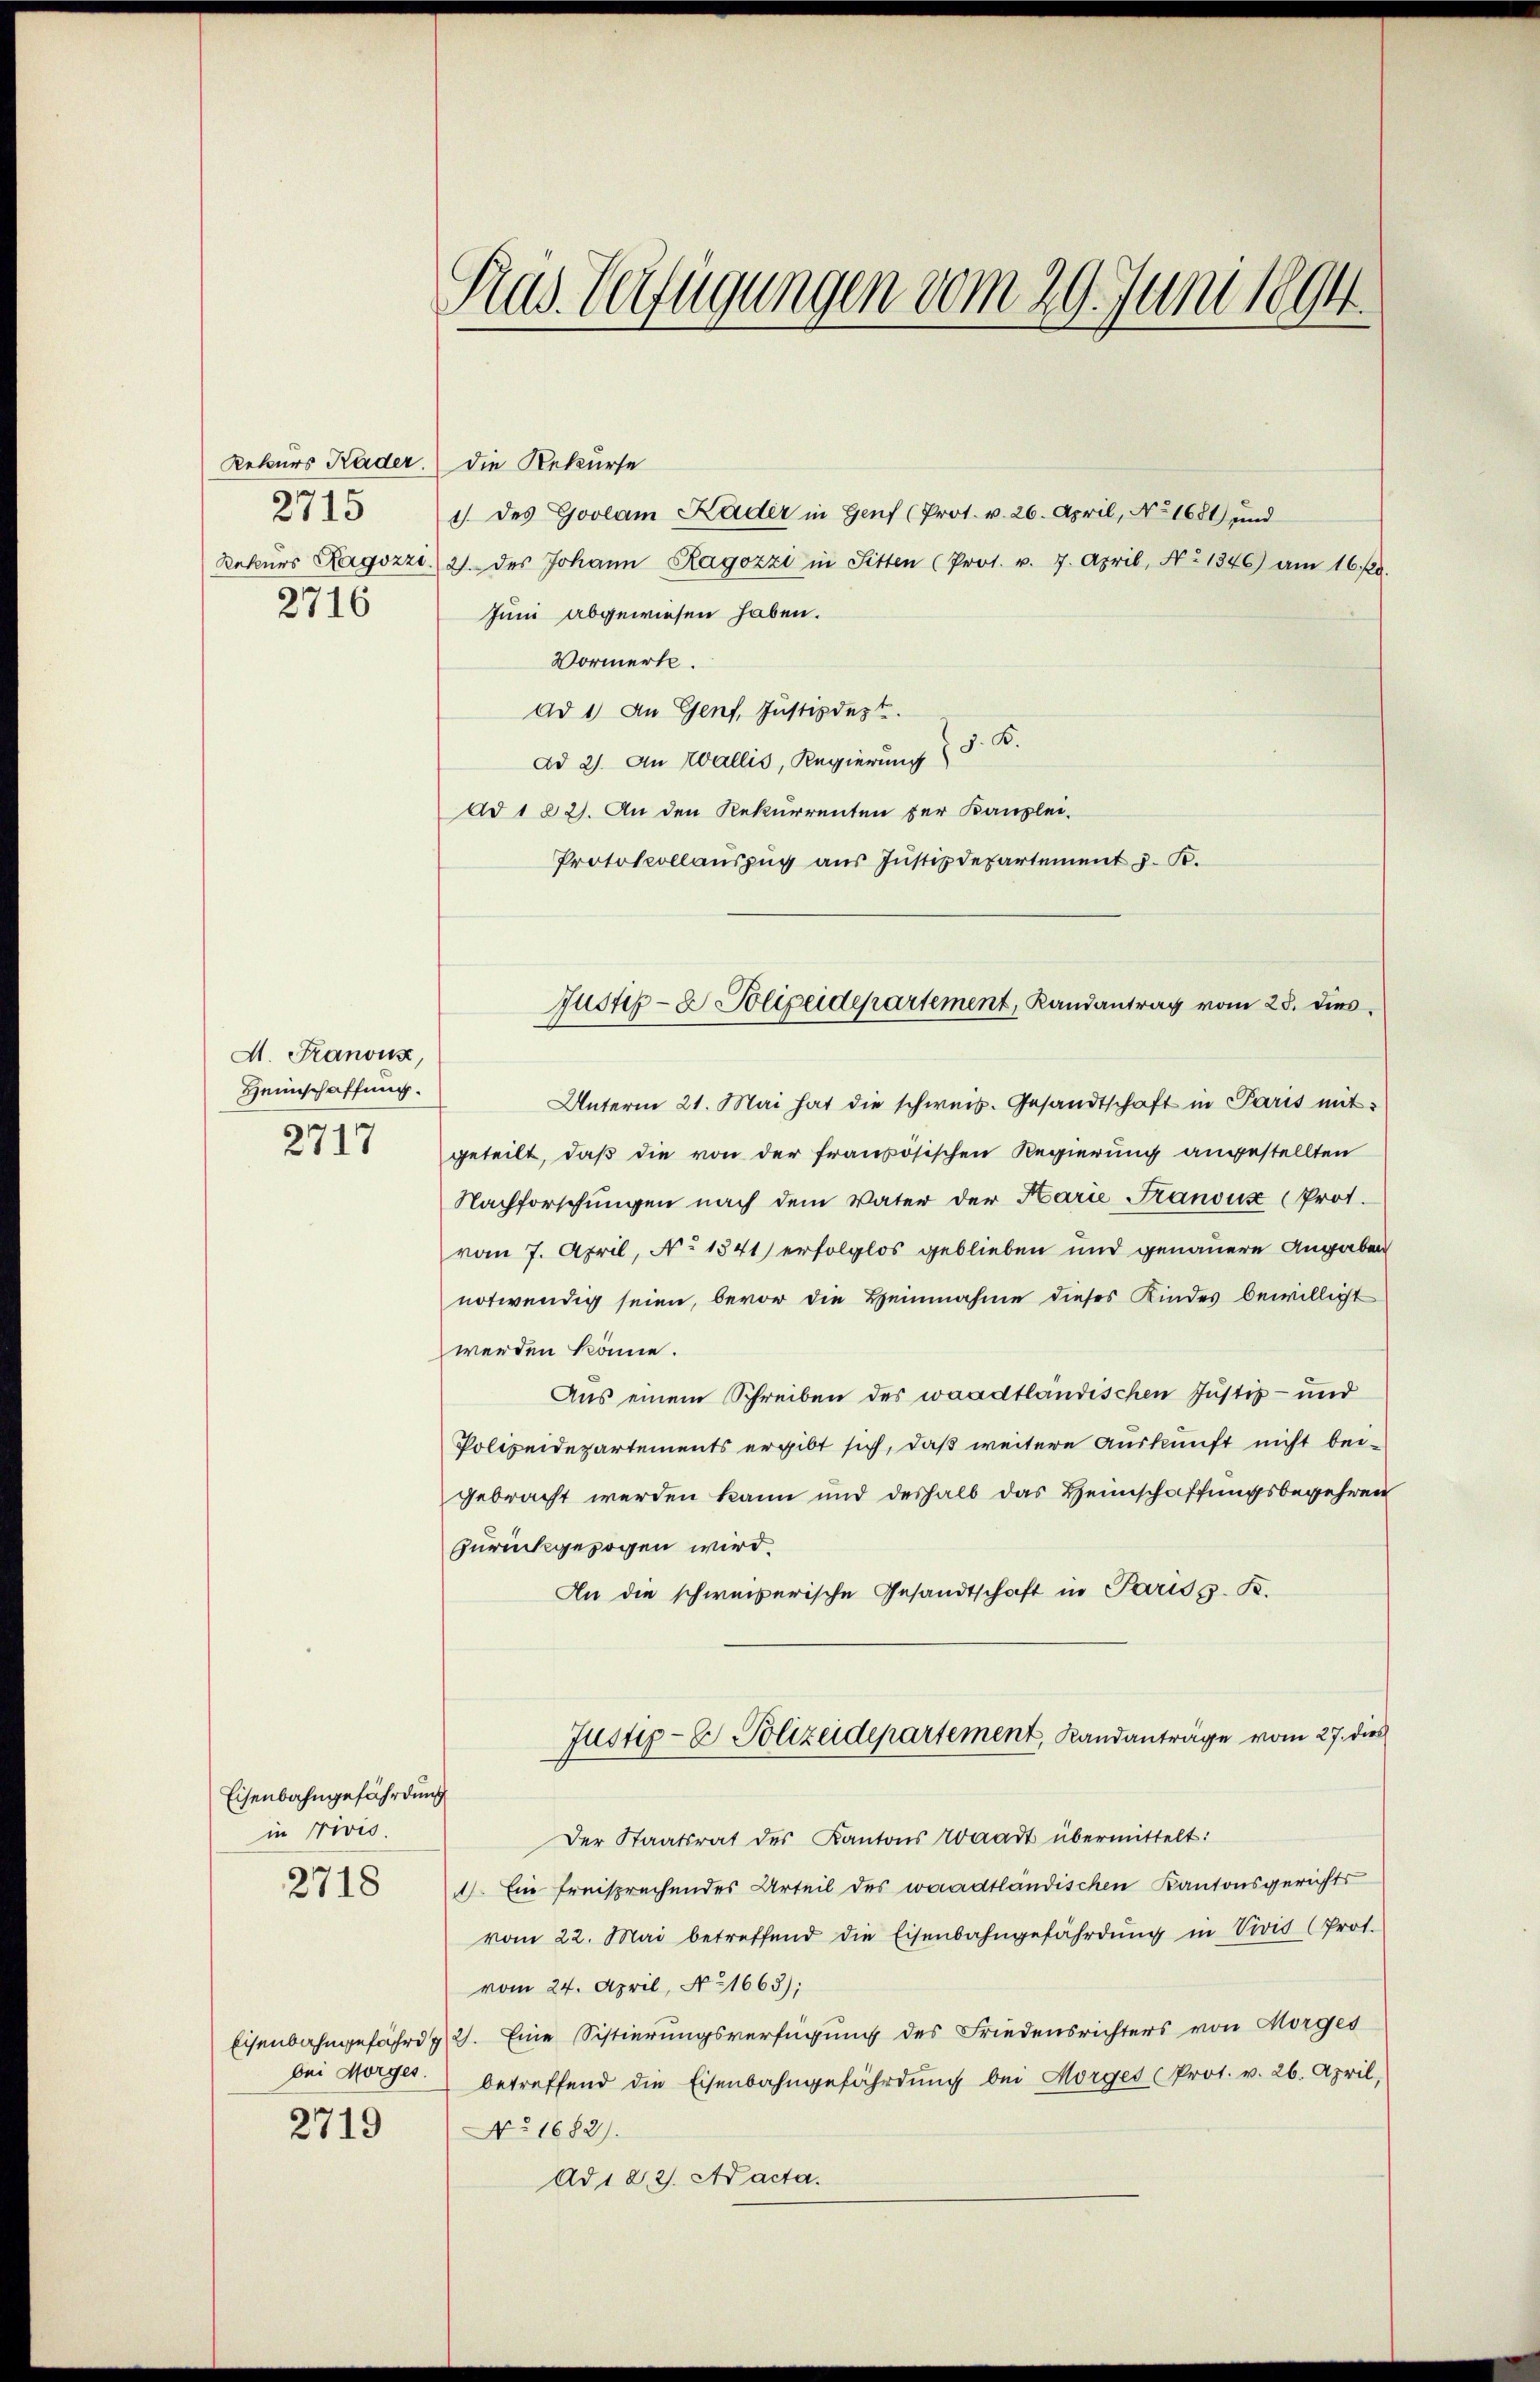
Rekurs Kader.
2715
Rekurs Hagozzi.
2716

A. Kanons,
Heimschaffung.
2717

Eisenbahngefährdung
in privis.
2718

bei Morges.
2719

Pras Verfügungen vom 29. Juni 1894.

die Rekurse
1. des Goolam Kader in Genf (Prot. v. 26. April, No 1681) und
2. des Johann Ragozzi in Sitten (Prot. v. 7. April, No 1346) am 16. 20.
Juni abgewiesen haben.
Vormerk.
ad 1) An Genf, Justizdept.
ad 21. An Wallis, Regierung & 8. B.
Ad 1 22. An den Rekurrenten der Kanzlei-
Protokollauszug aus Justizdepartement z. B.
Unterm 21. Mai hat die schweis. Gesandtschaft in Paris mit
geteilt, daß die von der französischen Regierung angestellten
Nachforschungen nach dem Vater der Karie Franoux (Prot.
vom 7. April, No 1341) erfolglos geblieben und genauere Angaben
notwendig seien, bevor die Heinnahme dieses Kindes bewilligt
werden könne.
Aus einem Schreiben des waadtländischen Justiz- und
Polizeidepartements ergibt sich, daß weitere Auskunft nicht beigebracht werden kann und deshalb das Heimschaffungsbegehren
zurückgezogen wird.
An die schweizerische Gesandtschaft in Paris z. B.
Justiz- & Polizeidepartement, Landanträge vom 27. dies
Der Staatsrat des Kantons Waadt übermittelt:
). Ein freisprechendes Urteil des waadtländischen Kantonsgerichts
vom 22. Mai betreffend die Eisenbahngefährdŭng in Vivis (Prot.
vom 24. April, No 1663);
Eisenbahngefähr 2. Eine Sistierungsverfügung des Friedensrichters von Morges
betreffend die Eisenbahngefährdung bei Morges Prot. v. 26. April,
N° 1682).
Ad 12. 2. Ad acta.

Justiz- & Polizeidepartement, Randantrag vom 28. dies